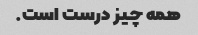
همه چیز درست است.